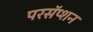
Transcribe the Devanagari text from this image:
परसॅप्शन